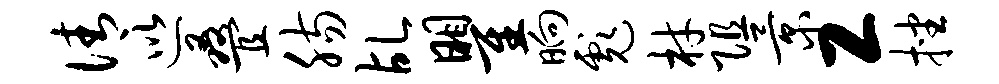
倩巡叠肠乩瞿晌彪材阻景工挫